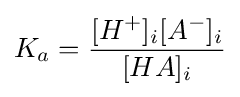
K_{a}={\frac {[H^{+}]_{i}[A^{-}]_{i}}{[HA]_{i}}}